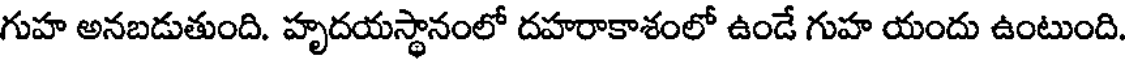
గుహ అనబడుతుంది. హృదయస్థానంలో దహరాకాశంలో ఉండే గుహ యందు ఉంటుంది